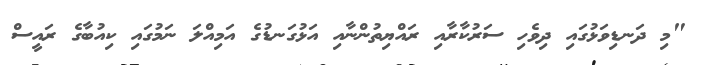
"މި ދަނޑިވަޅުގައި ދިވެހި ސަރުކާރާއި ރައްޔިތުންނާއި އަޅުގަނޑުގެ އަމިއްލަ ނަމުގައި ކިއުބާގެ ރައީސް